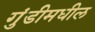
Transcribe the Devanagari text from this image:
गुंडीमधील